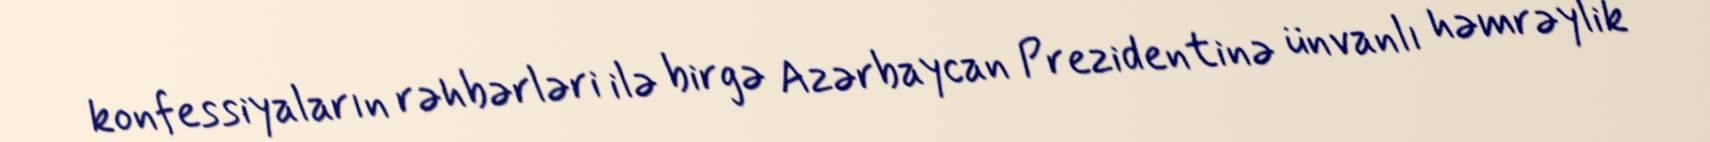
konfessiyaların rəhbərləri ilə birgə Azərbaycan Prezidentinə ünvanlı həmrəylik